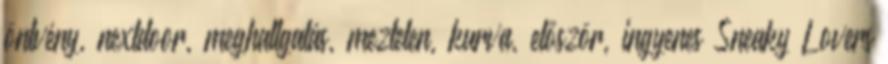
öntvény, nextdoor, meghallgatás, meztelen, kurva, először, ingyenes Sneaky Lovers